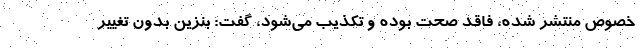
خصوص منتشر شده، فاقد صحت بوده و تکذیب می‌شود، گفت: بنزین بدون تغییر